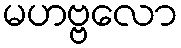
မဟဗ္ဗလော